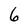
Character: 6